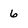
Character: 6